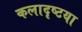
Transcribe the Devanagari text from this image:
कलादृष्टया